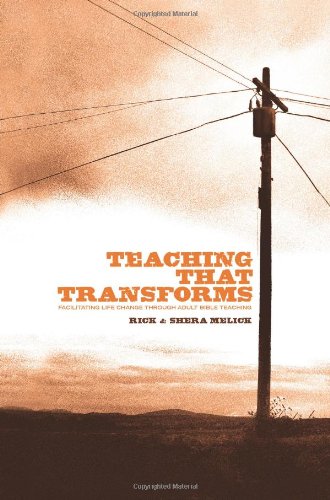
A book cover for Teaching that Transforms: Facilitating Life Change through Adult Bible Teaching; Richard R. Melick  Jr.; Christian Books & Bibles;